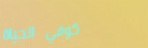
كوفي الحياة